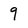
Character: 9